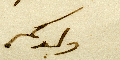
ولدكم